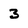
Character: 3